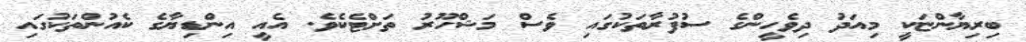
ބިރިޔާންޏަކީ މިއަދު ދިވެހީންގެ ސުފުރާތަކުގައި ވެސް މަޝްހޫރު ތަށްޓެކެވެ. އެއީ އިންޑިޔާގެ ކެއުންތަކުގައި